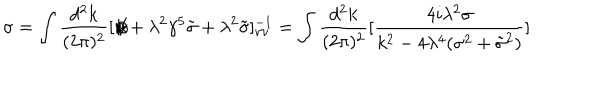
LaTeX: \sigma = \int { \frac { d ^ { 2 } k } { ( 2 \pi ) ^ { 2 } } } [ \not \! k + \lambda ^ { 2 } \gamma ^ { 5 } \tilde { \sigma } + \lambda ^ { 2 } \tilde { \sigma } ] _ { \nu \nu } ^ { - 1 } = \int { \frac { d ^ { 2 } k } { ( 2 \pi ) ^ { 2 } } } [ { \frac { 4 i \lambda ^ { 2 } \sigma } { k ^ { 2 } - 4 \lambda ^ { 4 } ( \sigma ^ { 2 } + \tilde { \sigma } ^ { 2 } ) } } ]